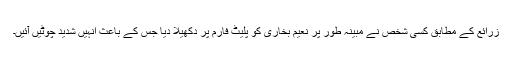
زرائع کے مطابق کسی شخص نے مبینہ طور پر نعیم بخاری کو پلیٹ فارم پر دکھیلا دیا جس کے باعث انہیں شدید چوٹیں آئیں۔